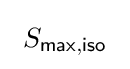
\ S_{\mathsf {max,iso}}\